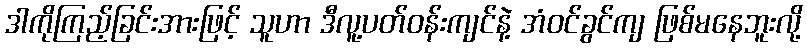
ဒါကိုကြည့်ခြင်းအားဖြင့် သူဟာ ဒီလူ့ပတ်ဝန်းကျင်နဲ့ အံဝင်ခွင်ကျ ဖြစ်မနေဘူးလို့